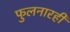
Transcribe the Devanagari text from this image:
फुलनारही